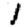
Digit: 1